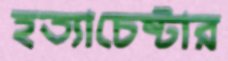
হত্যাচেষ্টার